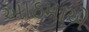
આઠમાએ